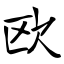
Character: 欧